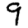
Digit: 9